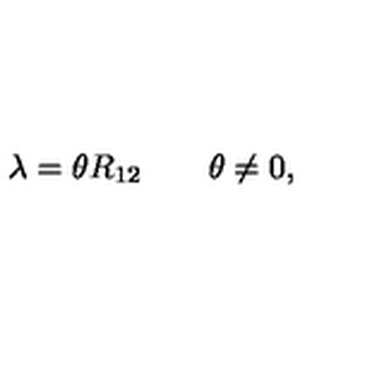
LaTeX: \lambda = \theta R _ { 1 2 } \qquad \theta \neq 0 ,